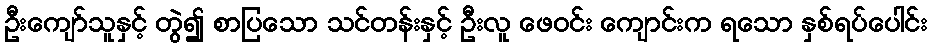
ဦးကျော်သူနှင့် တွဲ၍ စာပြသော သင်တန်းနှင့် ဦးလူ ဖေဝင်း ကျောင်းက ရသော နှစ်ရပ်ပေါင်း